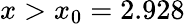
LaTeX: x>x_{0}=2.928